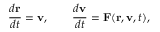
{ \frac { d \mathbf { r } } { d t } } = \mathbf { v } , \qquad { \frac { d \mathbf { v } } { d t } } = \mathbf { F } ( \mathbf { r } , \mathbf { v } , t ) ,